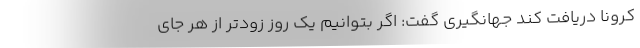
کرونا دریافت کند جهانگیری گفت: اگر بتوانیم یک روز زودتر از هر جای